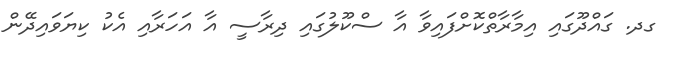
ގދ. ގައްދޫގައި އިމާރާތްކޮށްފައިވާ އާ ސްކޫލުގައި ދިރާސީ އާ އަހަރާއި އެކު ކިޔަވައިދޭން